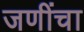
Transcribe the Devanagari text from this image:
जणींचा